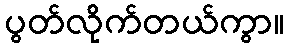
ပွတ်လိုက်တယ်ကွာ။